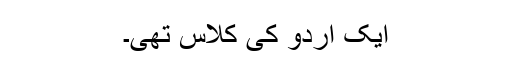
ایک اردو کی کلاس تھی۔